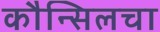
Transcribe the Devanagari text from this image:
कौन्सिलचा